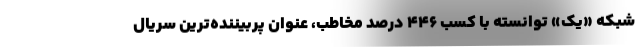
شبکه «یک» توانسته با کسب ۴۴۶ درصد مخاطب، عنوان پربیننده‌ترین سریال